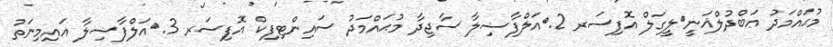
މުޙައްމަދު ޢަބްދުލްޣަނީ	ލީގަލް އޮފިސަރ 2.	އަލްފާޟިލާ ސާޖިދާ މުޙައްމަދު ސައިންޓިފިކް އޮފިސަރ 3.	އަލްފާޟިލާ އައިމިނަތު